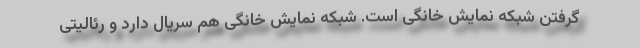
گرفتن شبکه نمایش خانگی است. شبکه نمایش خانگی هم سریال دارد و رئالیتی